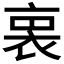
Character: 𧙬